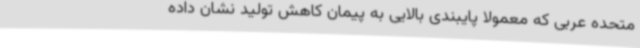
متحده عربی که معمولا پایبندی بالایی به پیمان کاهش تولید نشان داده